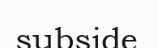
subside